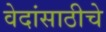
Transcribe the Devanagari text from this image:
वेदांसाठीचे